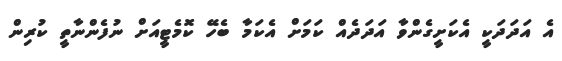
އެ އަދަދަކީ އެކަށީގެންވާ އަދަދެއް ކަމަށް އެކަމާ ބެހޭ ކޮމެޓީއަށް ނުފެންނާތީ ކުރިން